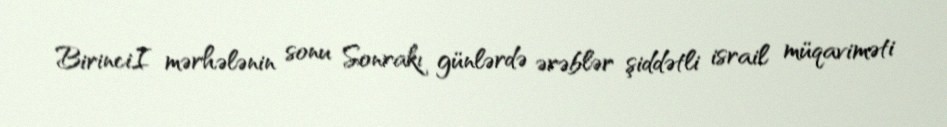
BirinciI mərhələnin sonu Sonrakı günlərdə ərəblər şiddətli israil müqaviməti